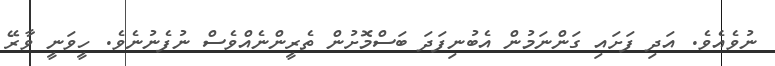
ނުވެއެވެ. އަދި ފަށައި ގަންނަމުން އެބުނިފަދަ ބަސްމޮށުން ތެރީންނެއްވެސް ނުފެނުނެވެ. ހީވަނީ ވާރޭ